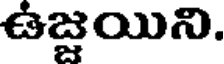
ఉజ్జయిని.